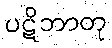
ပဋိဘာတု